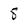
Character: 8